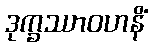
ဒုက္ခဿာဝဟနိံ